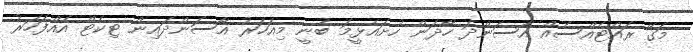
މަގޭ ރައްޓެއްސެއް އާސަންދަ ހޯދަން ހުށައެޅީމަ ބުނީ މިއަހަރު އާސަންދައިން ޓިކެޓް އެއްފަހަރު